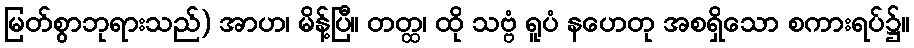
မြတ်စွာဘုရားသည်) အာဟ၊ မိန့်ပြီ။ တတ္ထ၊ ထို သဗ္ဗံ ရူပံ နဟေတု အစရှိသော စကားရပ်၌။